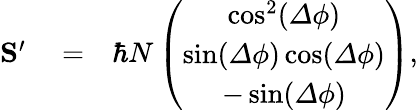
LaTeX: \begin{array}{rlr}{{\mathbf S}^{\prime}}&{{}=}&{\hbar N\left(\begin{array}{c}{\cos^{2}({\mathit\Delta\phi})}\\ {\sin({\mathit\Delta\phi})\cos({\mathit\Delta\phi})}\\ {-\sin({\mathit\Delta\phi})}\end{array}\right),}\end{array}